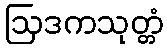
ဩဒကသုတ္တံ